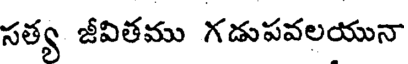
సత్య జీవితము గడుపవలయునా